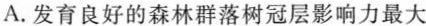
A.发育良好的森林群落树冠层影响力最大